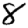
Digit: 8